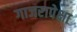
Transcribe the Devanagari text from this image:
गाजरापेक्षा